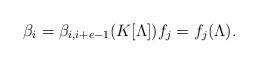
LaTeX: \begin{align*} \beta_i = \beta_{i, i+e-1} (K[\Lambda]) f_j = f_{j} (\Lambda). \end{align*}